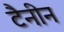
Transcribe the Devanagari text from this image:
टैनीन